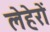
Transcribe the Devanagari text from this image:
लेहेरों